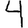
Digit: 4